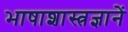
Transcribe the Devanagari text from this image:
भाषाशास्त्रज्ञानें